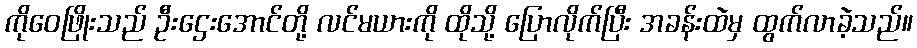
ကိုဝေဖြိုးသည် ဦးဌေးအောင်တို့ လင်မယားကို ထိုသို့ ပြောလိုက်ပြီး အခန်းထဲမှ ထွက်လာခဲ့သည်။